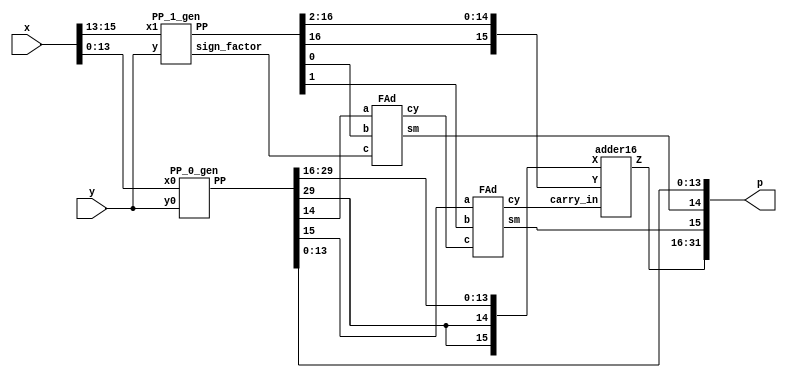

// Calculates P = X*Y = X1*Y*2^14 + X0*Y1*2^14 + X0*Y0
// X1 = x[15:13], X0 = x[13:0]
// Y1 = y[15:13], Y0 = y[13:0]

module HRALM2(
    input [15:0] x,
    input [15:0] y,
    output [31:0] p
    );
    
    wire  sign_factor;
    wire [16:0] PP_1;
    wire [29:0] PP_0;
    
// Calculates PP_2 = Y*X1
    PP_1_gen High(
        .x1(x[15:13]),
        .y(y),
        .sign_factor(sign_factor),
        .PP(PP_1)
        );

// Calculates PP_0 = X0*YO
    PP_0_gen Low(
        .x0(x[13:0]),
        .y0(y),
        .PP(PP_0)
        );

// Partial product addition 
    wire [17:0] tmp1_add;
    wire [17:0] tmp2_add;
    wire [17:0] tmp_sum;

    assign tmp1_add = {PP_0[29],PP_0[29],PP_0[29:14]};
    assign tmp2_add = {PP_1[16],PP_1};
    
    //assign tmp_sum = tmp1_add + tmp2_add;
    wire [1:0] carry_adder;
    wire [1:0] sum_adder;
    
    FAd add0(tmp1_add[0],tmp2_add[0],sign_factor,carry_adder[0],tmp_sum[0]);
    FAd add1(tmp1_add[1],tmp2_add[1],carry_adder[0],carry_adder[1],tmp_sum[1]);
    
    adder16 ADDER(tmp1_add[17:2],tmp2_add[17:2],carry_adder[1],tmp_sum[17:2]);
    
    assign p = {tmp_sum,PP_0[13:0]};

        
endmodule

// Calculates PP_2 = Y*X1
module PP_1_gen(
    input [2:0] x1,
    input [15:0] y,
    output sign_factor,
    output [16:0] PP
    );
    
    // encode 
    wire one, two, sign;
    
    code encode_block(
        .one(one),
        .two(two),
        .sign(sign),
        .y2(x1[2]),
        .y1(x1[1]),
        .y0(x1[0])
        );
        
    // generation of PP
    wire [16:0] tmp1_pp; 
    assign tmp1_pp = {y[15],y}; // This variable is introduced because pp has 17 bits
    
    wire [17:0] out1;
    assign out1[0] = sign;
    
    genvar i;
    generate
        for ( i = 0; i < 17; i = i+1 )
            begin : pp_rad4_first 
            product pp_pr(tmp1_pp[i],out1[i],one,two,sign,PP[i],out1[i+1]);
            end
    endgenerate
    
    //sign factor generate
    sgn_gen sign_gen(one,two,sign,sign_factor);
       

endmodule
 

//encoding


module code(one,two,sign,y2,y1,y0);  
	input y2,y1,y0;                     
	output one,two,sign;                
	wire [1:0]k;                        
	xor x1(one,y0,y1);                  
	xor x2(k[1],y2,y1);                 
	not n1(k[0],one);                   
	and a1(two,k[0],k[1]);              
	assign sign=y2;                     
endmodule       
    
//generation of inner products

module product(x1,x0,one,two,sign,p,i);
	input x1,x0,sign,one,two;
	output p,i;
	wire [1:0] k;
	xor xo1(i,x1,sign);
	and a1(k[1],i,one);
	and a0(k[0],x0,two);
	or o1(p,k[1],k[0]);
endmodule

//sign_factor generate

module sgn_gen(one,two,sign,sign_factor);
    input sign,one,two;
    output sign_factor;
    wire k;
    or o1(k,one,two);
    and a1(sign_factor,sign,k);
endmodule



// Calculates PP_0 = Y0*X0    
module PP_0_gen(
    input signed [13:0] x0,
    input signed [15:0] y0,
    output signed [29:0] PP
    );
    
    // X branch 

    // First complement 
    wire [13:0] x0_abs;
    assign x0_abs = x0 ^ {14{x0[13]}};
    
    // LOD + Priority Encoder
    wire [15:0] k_x0;
    wire [15:0] tmp_abs;
    wire zero_x0;
    wire [3:0] k_x0_enc;

    assign tmp_abs = {2'b0,x0_abs};

    LOD16 lod_x0(
        .data_i(tmp_abs),
        .zero_o(zero_x0),
        .data_o(k_x0),
        .data_enc(k_x0_enc));
        
    // LBarrel 
    wire [1:0] x_shift;
    wire [3:0] neg_kx;
    assign neg_kx = ~ k_x0_enc;
    LBarrel Lshift_x0(
        .data_i(tmp_abs),
        .shift_i(neg_kx),
        .data_o(x_shift));
        
    // Y branch 
    
    // First complement 
    wire [15:0] y0_abs;
    assign y0_abs = y0 ^ {16{y0[15]}};
    
    // LOD + Priority Encoder
    wire [15:0] k_y0;
    wire zero_y0;
    wire [3:0] k_y0_enc;
    
    LOD16 lod_y0(
        .data_i(y0_abs),
        .zero_o(zero_y0),
        .data_o(k_y0),
        .data_enc(k_y0_enc));
        
    // LBarrel 
    wire [1:0] y_shift;
    wire [3:0] neg_ky;
    assign neg_ky = ~ k_y0_enc;
    LBarrel Lshift_y0(
        .data_i(y0_abs),
        .shift_i(neg_ky),
        .data_o(y_shift));
        
        
    
    // Addition 
    wire [6:0] x_log;
    wire [6:0] y_log;
    wire [6:0] p_log;
    
    assign x_log = {1'b0,k_x0_enc,x_shift};
    assign y_log = {1'b0,k_y0_enc,y_shift};

    
    assign p_log = x_log + y_log;
    
    // Antilogarithm 
    
    // L1 barell shifter 
    wire [18:0] p_l1b;
    wire [2:0] l1_input;
    
    assign l1_input = {1'b1,p_log[1:0]};
   
    L1Barrel L1shift_plog(
        .data_i(l1_input),
        .shift_i(p_log[5:2]),
        .data_o(p_l1b));
    
   
    // Low part of product 
 
    wire [29:0] PP_abs;
    assign PP_abs = p_log[6] ? p_l1b[18:2] << 16 :  p_l1b[18:2];
    

    // Sign conversion 
    wire p_sign;
    wire [29:0] PP_temp;
    
    
    assign p_sign = x0[13] ^ y0[15];
    assign PP_temp = PP_abs ^ {30{p_sign}};
    
    //Zero mux0
    wire notZeroA, notZeroB, notZeroD;
    assign notZeroA = ~zero_x0;
    assign notZeroB = ~zero_y0;
    assign notZeroD = notZeroA & notZeroB;
    
    assign PP = notZeroD? PP_temp : 30'b0;
    
endmodule

module LOD16(
    input [15:0] data_i,
    output zero_o,
    output [15:0] data_o,
    output [3:0] data_enc
    );
	
    wire [15:0] z;
	wire [3:0] zdet;
	wire [3:0] select;
	//*****************************************
	// Zero detection logic:
	//*****************************************
	assign zdet[3] = |(data_i[15:12]);
	assign zdet[2] = |(data_i[11:8]);
	assign zdet[1] = |(data_i[7:4]);
	assign zdet[0] = |(data_i[3:0]);
	assign zero_o =  ~(|zdet);
    //*****************************************
	// LODs:
	//*****************************************
	LOD4 lod4_1 (
		.data_i(data_i[3:0]), 
		.data_o(z[3:0])
	);
	 
    LOD4 lod4_2 (
        .data_i(data_i[7:4]), 
        .data_o(z[7:4])
        );
         
    LOD4 lod4_3 (
        .data_i(data_i[11:8]), 
        .data_o(z[11:8])
    );
    LOD4 lod2_4 (
        .data_i(data_i[15:12]), 
        .data_o(z[15:12])
    );
	//*****************************************
    // Select signals
    //*****************************************    
    LOD4 lod4_5 (
            .data_i(zdet), 
            .data_o(select)
        );
	//*****************************************
	// Multiplexers :
	//*****************************************
	wire [15:0] tmp_out;

	Muxes2in1Array4 Inst_MUX214_3 (
         .data_i(z[15:12]), 
         .select_i(select[3]), 
         .data_o(tmp_out[15:12])
     );
	 
	Muxes2in1Array4 Inst_MUX214_2 (
        .data_i(z[11:8]), 
        .select_i(select[2]), 
        .data_o(tmp_out[11:8])
    );

	 
	 Muxes2in1Array4 Inst_MUX214_1 (
        .data_i(z[7:4]), 
        .select_i(select[1]), 
        .data_o(tmp_out[7:4])
    );

	 Muxes2in1Array4 Inst_MUX214_0 (
		.data_i(z[3:0]), 
		.select_i(select[0]), 
		.data_o(tmp_out[3:0])
    );


    // Enconding
    wire [2:0] low_enc; 
    assign low_enc = tmp_out[3:1] | tmp_out[7:5] | tmp_out[11:9] | tmp_out[15: 13];

    assign data_enc[3] = select[3] | select[2];
    assign data_enc[2] = select[3] | select[1];
    assign data_enc[1] = low_enc[2] | low_enc[1];
    assign data_enc[0] = low_enc[2] | low_enc[0];


    // One hot
    assign data_o = tmp_out;

endmodule

module LOD4(
    input [3:0] data_i,
    output [3:0] data_o
    );
	 
	 
	 wire mux0;
	 wire mux1;
	 wire mux2;
	 
	 // multiplexers:
	 assign mux2 = (data_i[3]==1) ? 1'b0 : 1'b1;
	 assign mux1 = (data_i[2]==1) ? 1'b0 : mux2;
	 assign mux0 = (data_i[1]==1) ? 1'b0 : mux1;
	 
	 //gates and IO assignments:
	 assign data_o[3] = data_i[3];
	 assign data_o[2] =(mux2 & data_i[2]);
	 assign data_o[1] =(mux1 & data_i[1]);
	 assign data_o[0] =(mux0 & data_i[0]);
	 

endmodule

module LOD2(
    input [1:0] data_i,
    output [1:0] data_o
    );
	 
	 
	 //gates and IO assignments:
	 assign data_o[1] = data_i[1];
	 assign data_o[0] =(~data_i[1] & data_i[0]);
	 

endmodule

module Muxes2in1Array4(
    input [3:0] data_i,
    input select_i,
    output [3:0] data_o
    );

	assign data_o[3] = select_i ? data_i[3] : 1'b0;
	assign data_o[2] = select_i ? data_i[2] : 1'b0;
	assign data_o[1] = select_i ? data_i[1] : 1'b0;
	assign data_o[0] = select_i ? data_i[0] : 1'b0;
	
endmodule

module Muxes2in1Array2(
    input [1:0] data_i,
    input select_i,
    output [1:0] data_o
    );
    

	assign data_o[1] = select_i ? data_i[1] : 1'b0;
	assign data_o[0] = select_i ? data_i[0] : 1'b0;
	
endmodule


module LBarrel(
    input [15:0] data_i,
    input [3:0] shift_i,
    output [1:0] data_o);
    
    reg [15:0] tmp;
    always @*
        case (shift_i)
           4'b0000: tmp = data_i;
           4'b0001: tmp = data_i << 1;
           4'b0010: tmp = data_i << 2;
           4'b0011: tmp = data_i << 3;
           4'b0100: tmp = data_i << 4;
           4'b0101: tmp = data_i << 5;
           4'b0110: tmp = data_i << 6;
           4'b0111: tmp = data_i << 7;
           4'b1000: tmp = data_i << 8;
           4'b1001: tmp = data_i << 9;
           4'b1010: tmp = data_i << 10;
           4'b1011: tmp = data_i << 11;
           4'b1100: tmp = data_i << 12;
           4'b1101: tmp = data_i << 13;
           4'b1110: tmp = data_i << 14;
           default: tmp = data_i << 15;
        endcase
    
    assign data_o[1] = tmp[14];
    assign data_o[0] = 1'b1;

endmodule

module L1Barrel(
    input [2:0] data_i,
    input [3:0] shift_i,
    output reg [18:0] data_o);
    always @*
        case (shift_i)
           4'b0000: data_o = data_i;
           4'b0001: data_o = data_i << 1;
           4'b0010: data_o = data_i << 2;
           4'b0011: data_o = data_i << 3;
           4'b0100: data_o = data_i << 4;
           4'b0101: data_o = data_i << 5;
           4'b0110: data_o = data_i << 6;
           4'b0111: data_o = data_i << 7;
           4'b1000: data_o = data_i << 8;
           4'b1001: data_o = data_i << 9;
           4'b1010: data_o = data_i << 10;
           4'b1011: data_o = data_i << 11;
           4'b1100: data_o = data_i << 12;
           4'b1101: data_o = data_i << 13;
           4'b1110: data_o = data_i << 14;
           default: data_o = data_i << 15;
        endcase
endmodule

module RBarell(
    input [1:0] data_i,
    input [1:0] shift_i,
    output [2:0] data_o);

    assign data_o[2] = ~(shift_i[0] | shift_i[1]);
    assign data_o[1] = ~shift_i[1] | (data_i[1] & ~shift_i[0]);
    assign data_o[0] = (~shift_i[0] & data_i[0]) | (~shift_i[0] & shift_i[1]) | (~shift_i[1] & shift_i[0] & data_i[1]);
       
endmodule



module FAd(a,b,c,cy,sm);
	input a,b,c;
	output cy,sm;
	wire x,y,z;
	xor x1(x,a,b);
	xor x2(sm,x,c);
	and a1(y,a,b);
	and a2(z,x,c);
	or o1(cy,y,z);
endmodule 

module HAd(a,b,cy,sm);
	input a,b;
	output cy,sm;
	assign cy = a & b;
	assign sm = a ^ b;
endmodule 

module adder16(X,Y,carry_in,Z);
	input [15:0]X;
	input [15:0]Y;
	input carry_in;
	output [15:0]Z;
	wire c[3:1];


	adder4 A1(Z[3:0],c[1],X[3:0],Y[3:0],carry_in);
	adder4 A2(Z[7:4],c[2],X[7:4],Y[7:4],c[1]);
	adder4 A3(Z[11:8],c[3],X[11:8],Y[11:8],c[2]);
	adder4 A4(Z[15:12],Carry,X[15:12],Y[15:12],c[3]);
endmodule

module adder4(Sum,Cout,A,B,Cin);
	input [3:0]A,B;
	input Cin;
	output [3:0]Sum;
	output Cout;
	wire c[3:1], p[3:0], g[3:0];

	assign p[0]=A[0]^B[0], p[1]=A[1]^B[1], p[2]=A[2]^B[2], p[3]=A[3]^B[3];
	assign g[0]=A[0]&B[0], g[1]=A[1]&B[1], g[2]=A[2]&B[2], g[3]=A[3]&B[3];

	assign c[1]=g[0] | (p[0]&Cin);
	assign c[2]=g[1] | (p[1]&g[0]) | (p[1]&p[0]&Cin);
	assign c[3]=g[2] | (p[2]&g[1]) | (p[2]&p[1]&g[0]) | (p[2]&p[1]&p[0]&Cin);
	assign Cout=g[3] | (p[2]&g[2]) | (p[3]&p[2]&g[1]) | (p[3]&p[2]&p[1]&g[0]) | (p[3]&p[2]&p[1]&p[0]&Cin);

	assign Sum[0]=p[0]^Cin, Sum[1]=p[1]^c[1], Sum[2]=p[2]^c[2], Sum[3]=p[3]^c[3];
endmodule